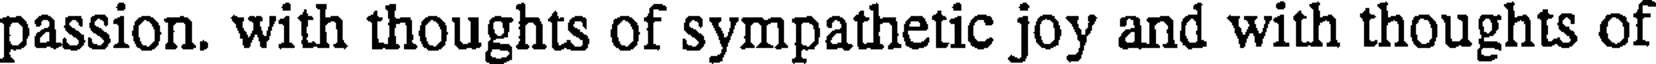
passion. with thoughts of sympathetic joy and with thoughts of